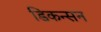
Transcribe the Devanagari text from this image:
डिकन्सन